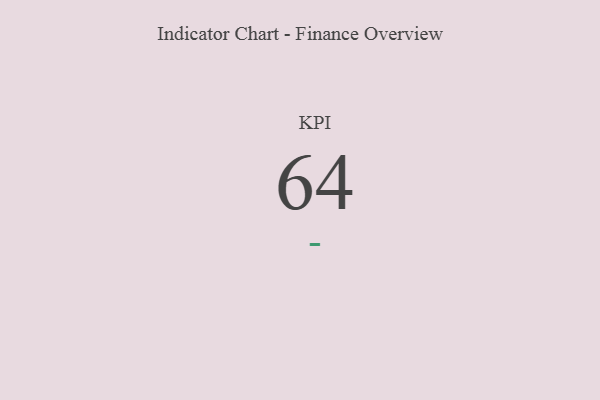
{"axis": {"x": "KPI", "y": "Value"}, "legend": [""], "data": [{"x": "KPI", "y": 64, "type": ""}]}